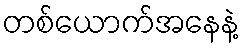
တစ်ယောက်အနေနဲ့